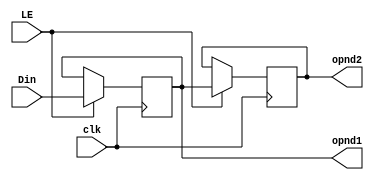
module opnds(Din,opnd1,opnd2,LE,clk);
input[7:0]Din;
input LE,clk;
output reg [7:0] opnd1,opnd2;

always@(posedge clk)
if(LE)begin
opnd1<=Din;
opnd2<=opnd1;
end
else begin
opnd1<=opnd1;
opnd2<=opnd2;
end

endmodule